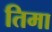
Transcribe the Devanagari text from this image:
तिमा